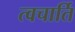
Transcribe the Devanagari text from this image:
त्वचार्ति